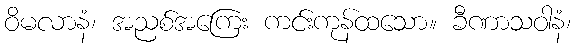
ဝိမလာနံ၊ အညစ်အကြေး ကင်းကုန်ထသော။ ခီဏာသဝါနံ၊